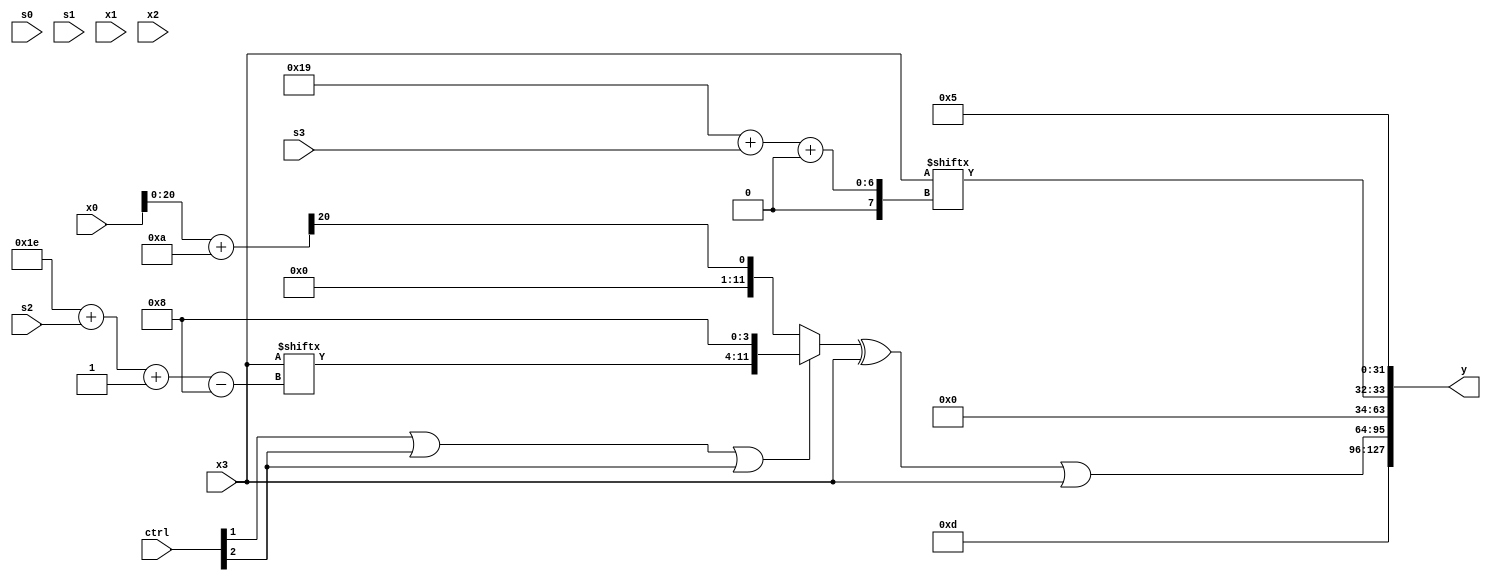
module partsel_00435(ctrl, s0, s1, s2, s3, x0, x1, x2, x3, y);
  input [3:0] ctrl;
  input [2:0] s0;
  input [2:0] s1;
  input [2:0] s2;
  input [2:0] s3;
  input [31:0] x0;
  input [31:0] x1;
  input [31:0] x2;
  input [31:0] x3;
  wire signed [26:4] x4;
  wire [2:25] x5;
  wire signed [1:24] x6;
  wire [3:31] x7;
  wire [0:29] x8;
  wire [31:7] x9;
  wire [31:7] x10;
  wire [3:28] x11;
  wire signed [24:5] x12;
  wire signed [5:28] x13;
  wire signed [2:29] x14;
  wire [1:28] x15;
  output [127:0] y;
  wire [31:0] y0;
  wire signed [31:0] y1;
  wire signed [31:0] y2;
  wire [31:0] y3;
  assign y = {y0,y1,y2,y3};
  localparam [5:31] p0 = 141920352;
  localparam [26:6] p1 = 646327735;
  localparam signed [1:25] p2 = 76245083;
  localparam signed [0:30] p3 = 152229425;
  assign x4 = {2{{2{x1[27 + s1 +: 3]}}}};
  assign x5 = {2{(((x2[27 + s3 +: 3] ^ (p1[13 -: 3] | x3[27 + s0 -: 1])) & {2{p2[12 + s2]}}) ^ (((x4[6 + s2] + x1[15 -: 2]) | {2{p2}}) & {p2, p2}))}};
  assign x6 = x3[30 + s2 -: 8];
  assign x7 = p3[13 + s2 -: 1];
  assign x8 = (x2[18 +: 3] | (p2[8 + s1 +: 6] | (x6[15 + s3] - {2{p0[10 + s2]}})));
  assign x9 = (x6[23 -: 4] | ((!ctrl[0] && !ctrl[2] || ctrl[0] ? (x5[16 + s2] | x1[29 + s0 -: 6]) : p0[19]) & (x0[1 + s2 -: 6] & p0)));
  assign x10 = x2[10 +: 2];
  assign x11 = (x0 + (x10[21 -: 1] + p2[15 -: 4]));
  assign x12 = (p0 - (((ctrl[2] || ctrl[1] && !ctrl[2] ? (p0 | p3) : ((x3[7 + s3] - x0) ^ p3[9 +: 1])) | p3[15 +: 3]) ^ {2{(x7[16 + s2 +: 5] & (!ctrl[3] && !ctrl[1] && ctrl[0] ? (x11 + p1[17 +: 3]) : x1[26 + s1 +: 1]))}}));
  assign x13 = x2;
  assign x14 = p1;
  assign x15 = x9[21];
  assign y0 = p1[11 +: 4];
  assign y1 = (((ctrl[1] || ctrl[2] || ctrl[2] ? {{x15[21 -: 4], x6}, p1[23 -: 4]} : x11[8 +: 1]) ^ x3) | x3);
  assign y2 = x3[25 + s3 +: 2];
  assign y3 = p1[17 +: 4];
endmodule